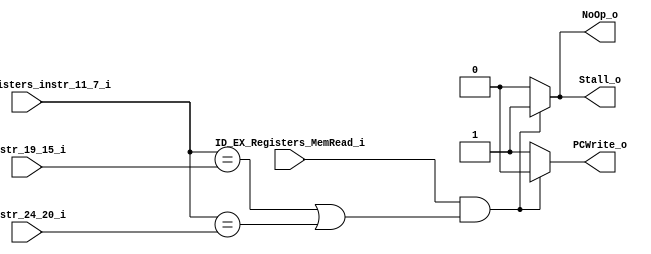
module Hazard_Detection (
    instr_19_15_i,
    instr_24_20_i,
    ID_EX_Registers_MemRead_i,
    ID_EX_Registers_instr_11_7_i,
    PCWrite_o,
    Stall_o,
    NoOp_o
);

    input  [4: 0]         instr_19_15_i;
    input  [4: 0]         instr_24_20_i;
    input                 ID_EX_Registers_MemRead_i;
    input  [4: 0]         ID_EX_Registers_instr_11_7_i;

    output                PCWrite_o;
    output                Stall_o;
    output                NoOp_o;

    reg                   PCWrite_o;
    reg                   Stall_o;
    reg                   NoOp_o;

    always @ (ID_EX_Registers_MemRead_i, ID_EX_Registers_instr_11_7_i,
              instr_19_15_i, instr_24_20_i) begin
        if (ID_EX_Registers_MemRead_i &&
                (ID_EX_Registers_instr_11_7_i == instr_19_15_i ||
                ID_EX_Registers_instr_11_7_i == instr_24_20_i)) begin
            PCWrite_o <= 1'b0;
            Stall_o   <= 1'b1;
            NoOp_o    <= 1'b1;
        end
        else begin
            PCWrite_o <= 1'b1;
            Stall_o   <= 1'b0;
            NoOp_o    <= 1'b0;
        end
    end

endmodule